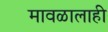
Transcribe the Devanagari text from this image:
मावळालाही